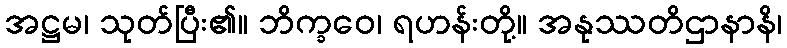
အဋ္ဌမ၊ သုတ်ပြီး၏။ ဘိက္ခဝေ၊ ရဟန်းတို့။ အနုဿတိဌာနာနိ၊